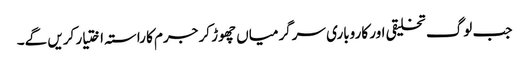
جب لوگ تخلیقی اور کاروباری سرگرمیاں چھوڑ کر جرم کا راستہ اختیار کریں گے۔